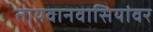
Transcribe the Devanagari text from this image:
तायवानवासियांवर